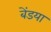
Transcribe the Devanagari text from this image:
बेंडया